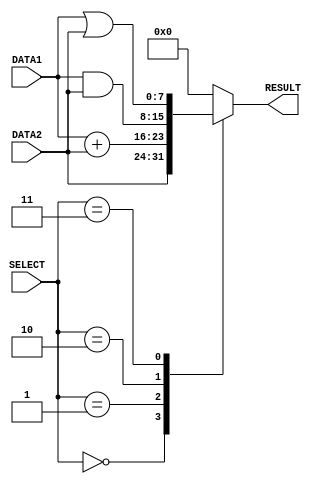
module alu(DATA1, DATA2, RESULT, SELECT);
input [7:0] DATA1, DATA2; //declare the inputs
input [2:0] SELECT; //declare the select input
output [7:0] RESULT; //declare the output

reg [7:0] RESULT; // declare the outputs as registers

always @ (DATA1 or DATA2 or SELECT) // this block run if there is any change in DATA1 or DATA2 or SELECT
begin
    case (SELECT)
    'b000:
        RESULT = #1 DATA2; //forward operation  
    'b001:
        RESULT = #2 DATA1 + DATA2; // add operation
    'b010:
        RESULT = #1 DATA1 & DATA2; // bitwise and operation
    'b011:
        RESULT = #1 DATA1 | DATA2; // bitwise or operation
    default: RESULT = 0; //result 0 if the other cases
    endcase
end
    
endmodule